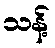
သန့်